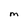
Character: m